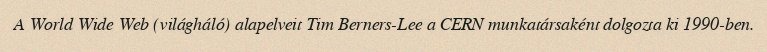
A World Wide Web (világháló) alapelveit Tim Berners-Lee a CERN munkatársaként dolgozta ki 1990-ben.